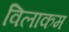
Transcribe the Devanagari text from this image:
विलाकम